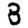
Digit: 8